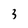
Character: 3